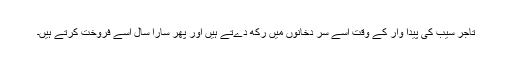
تاجر سیب کی پیدا وار کے وقت اسے سر دخانوں میں رکھ دےتے ہیں اور پھر سارا سال اسے فروخت کرتے ہیں۔